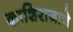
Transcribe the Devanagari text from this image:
काशिराजाने